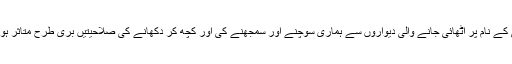
سکیورٹی کے نام پر اٹھائی جانے والی دیواروں سے ہماری سوچنے اور سمجھنے کی اور کچھ کر دکھانے کی صلاحیتیں بری طرح متاثر ہو رہی ہیں۔